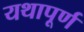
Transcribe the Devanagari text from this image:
यथापूर्ण